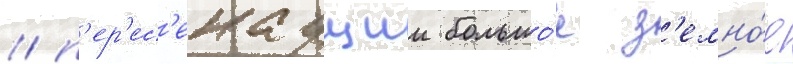
/ п'ер'ес'екаущии большо́е з'емно́е